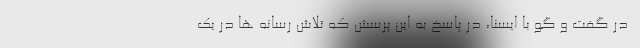
ـ در گفت و گو با ایسنا، در پاسخ به این پرسش که تلاش رسانه ها در یک